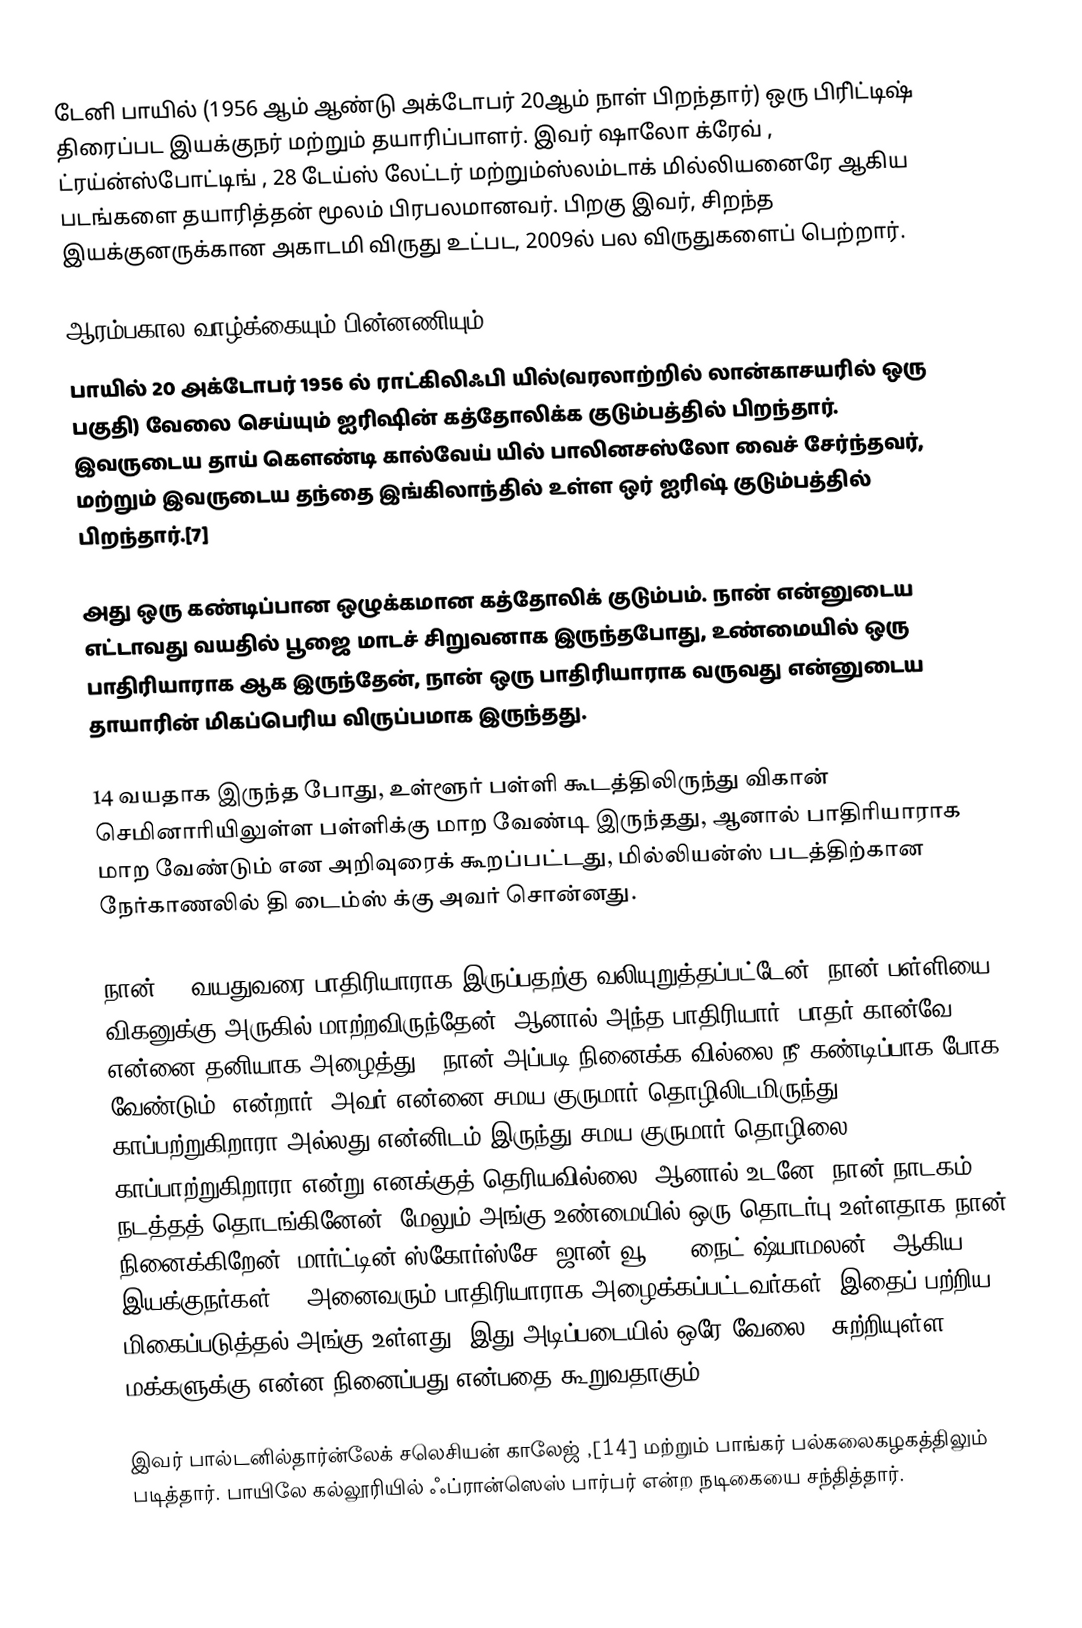
டேனி பாயில் (1956 ஆம் ஆண்டு அக்டோபர் 20ஆம் நாள் பிறந்தார்) ஒரு பிரி்ட்டிஷ் திரைப்பட இயக்குநர் மற்றும் தயாரிப்பாளர். இவர் ஷாலோ க்ரேவ் , ட்ரய்ன்ஸ்போட்டிங் , 28 டேய்ஸ் லேட்டர் மற்றும்ஸ்லம்டாக் மில்லியனைரே ஆகிய படங்களை தயாரித்தன் மூலம் பிரபலமானவர். பிறகு இவர், சிறந்த இயக்குனருக்கான அகாடமி விருது உட்பட, 2009ல் பல விருதுகளைப் பெற்றார்.

ஆரம்பகால வாழ்க்கையும் பின்னணியும்
பாயில் 20 அக்டோபர் 1956 ல் ராட்கிலிஃபி யில்(வரலாற்றில் லான்காசயரில் ஒரு பகுதி) வேலை செய்யும் ஐரிஷின் கத்தோலிக்க குடும்பத்தில் பிறந்தார். இவருடைய தாய் கௌண்டி கால்வேய் யில் பாலினசஸ்லோ வைச் சேர்ந்தவர், மற்றும் இவருடைய தந்தை இங்கிலாந்தில் உள்ள ஒர் ஐரிஷ் குடும்பத்தில் பிறந்தார்.[7]

அது ஒரு கண்டிப்பான ஒழுக்கமான கத்தோலிக் குடும்பம். நான் என்னுடைய எட்டாவது வயதில் பூஜை மாடச் சிறுவனாக இருந்தபோது, உண்மையில் ஒரு பாதிரியாராக ஆக இருந்தேன், நான் ஒரு பாதிரியாராக வருவது என்னுடைய தாயாரின் மிகப்பெரிய விருப்பமாக இருந்தது.

14 வயதாக இருந்த போது, உள்ளூர் பள்ளி கூடத்திலிருந்து விகான் செமினாரியிலுள்ள பள்ளிக்கு மாற வேண்டி இருந்தது, ஆனால் பாதிரியாராக மாற வேண்டும் என அறிவுரைக் கூறப்பட்டது, மில்லியன்ஸ் படத்திற்கான நேர்காணலில் தி டைம்ஸ் க்கு அவர் சொன்னது.

நான் 14 வயதுவரை பாதிரியாராக இருப்பதற்கு வலியுறுத்தப்பட்டேன், நான் பள்ளியை விகனுக்கு அருகில் மாற்றவிருந்தேன். ஆனால் அந்த பாதிரியார், பாதர் கான்வே, என்னை தனியாக அழைத்து, 'நான் அப்படி நினைக்க வில்லை நீ கண்டிப்பாக போக வேண்டும்' என்றார். அவர் என்னை சமய குருமார் தொழிலிடமிருந்து காப்பற்றுகிறாரா அல்லது என்னிடம் இருந்து சமய குருமார் தொழிலை காப்பாற்றுகிறாரா என்று எனக்குத் தெரியவில்லை. ஆனால் உடனே, நான் நாடகம் நடத்தத் தொடங்கினேன். மேலும் அங்கு உண்மையில் ஒரு தொடர்பு உள்ளதாக நான் நினைக்கிறேன். மார்ட்டின் ஸ்கோர்ஸ்சே, ஜான் வூ, M. நைட் ஷ்யாமலன் — ஆகிய இயக்குநர்கள் -- அனைவரும் பாதிரியாராக அழைக்கப்பட்டவர்கள். இதைப் பற்றிய மிகைப்படுத்தல் அங்கு உள்ளது. இது அடிப்படையில் ஒரே வேலை - சுற்றியுள்ள மக்களுக்கு என்ன நினைப்பது என்பதை கூறுவதாகும்.[10][12]

இவர் பால்டனில்தார்ன்லேக் சலெசியன் காலேஜ் ,[14] மற்றும் பாங்கர் பல்கலைகழகத்திலும் படித்தார். பாயிலே கல்லூரியில் ஃப்ரான்ஸெஸ் பார்பர் என்ற நடிகையை சந்தித்தார்.